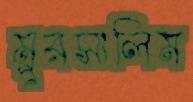
মুরসালিম